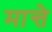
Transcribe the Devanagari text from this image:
मान्ते